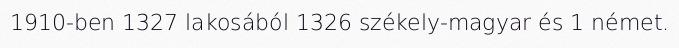
1910-ben 1327 lakosából 1326 székely-magyar és 1 német.